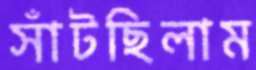
সাঁটছিলাম